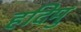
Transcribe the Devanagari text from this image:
हदिमु